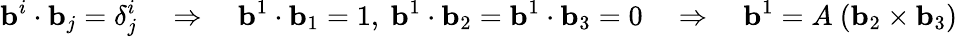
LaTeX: \mathbf{b}^{i}\cdot\mathbf{b}_{j}=\delta_{j}^{i}\quad\Rightarrow\quad\mathbf{b}^{1}\cdot\mathbf{b}_{1}=1,~\mathbf{b}^{1}\cdot\mathbf{b}_{2}=\mathbf{b}^{1}\cdot\mathbf{b}_{3}=0\quad\Rightarrow\quad\mathbf{b}^{1}=A~(\mathbf{b}_{2}\times\mathbf{b}_{3})